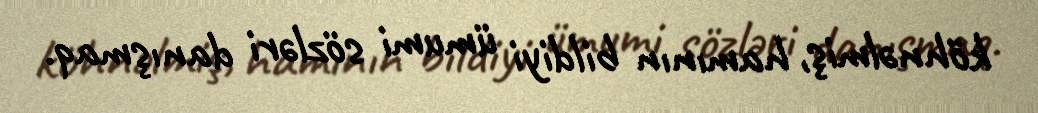
köhnəlmiş, hamının bildiyi ümumi sözləri danışmaq.